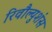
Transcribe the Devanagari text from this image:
रिवौल्युशंस